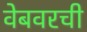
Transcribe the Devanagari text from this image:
वेबवरची